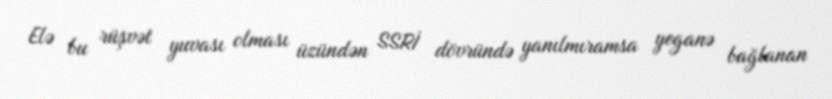
Elə bu rüşvət yuvası olması üzündən SSRİ dövründə yanılmıramsa yeganə bağlanan